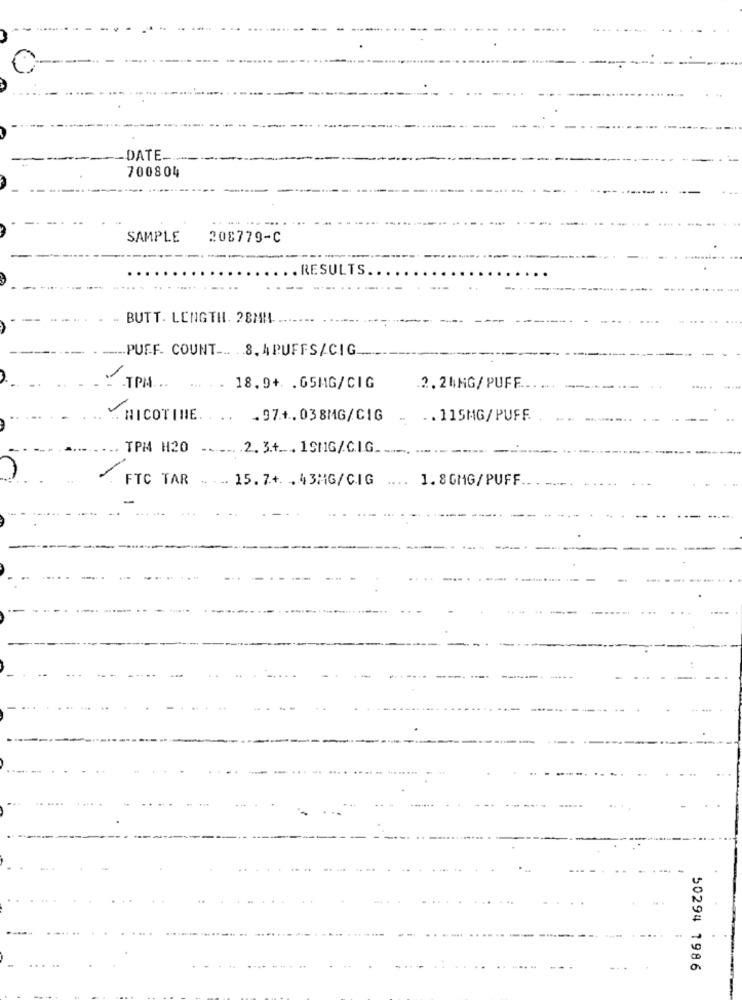
-DATE _..
700804
....
SAMPLE
208779-C
.RESULTS.
BUTT. LENGTH. 28MH.
.... PUFF. COUNT -.. . 8. APUFFS/CIG.
TPM ...
. .. 18.9+ .GSMG/CIG
.2.24HG/PUFF
-
NICOTINE. . .. . 97.4.038MG/CIG
. .. 115MG/PUFF
TPM H20
2. 3.4. . 19MG/CIG.
FTC TAR
15.7+. . 43MG/CIG
1. 8 GMG/PUFF
50294 1986